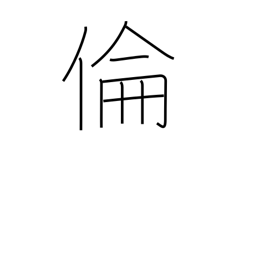
Meaning: ethics